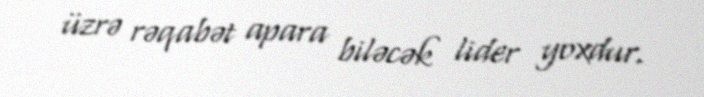
üzrə rəqabət apara biləcək lider yoxdur.